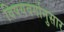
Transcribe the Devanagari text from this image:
विषयवर्गानुसार